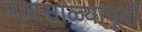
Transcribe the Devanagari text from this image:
पावसाळ्यापूर्वी